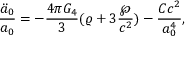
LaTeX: { \frac { \ddot { a } _ { 0 } } { a _ { 0 } } } = - { \frac { 4 \pi G _ { 4 } } { 3 } } ( \varrho + 3 { \frac { \wp } { c ^ { 2 } } } ) - { \frac { C c ^ { 2 } } { a _ { 0 } ^ { 4 } } } ,